Leaving Certificate Examination (including Day School Certificate (Higher) General paper), 1926
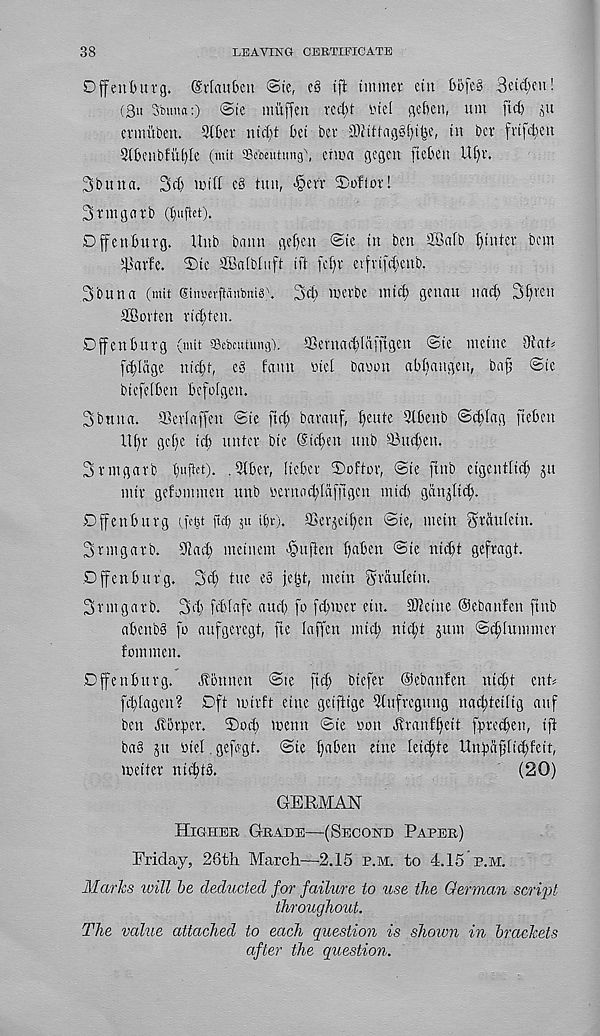
38
LEAVING CERTIETCATE
O/ffenburg. (Srlaubcn @te f c§ tft tnuner etit bbfe§ 3ctd;cn!
(3u Sbutm:) <Sk mitffert v.ibr vnei gefcen, um fid) jit
cvinitben. 2(6er nict)t Oct bev
tit bcr fvlfdjett
Stbfttbfii^Ie (mtt Sebeutung\
gcgctt (tcbctt U[)V.
3butta. 3d) id iff e3 tun, >§cn' 2)o!tor!
3 tin garb (tjufUt).
Dffettburg. Uttb battn gef)ett ©ic in ben ©alb fytnter bem
s 43av'fe. 2)tc ©albluft tft fct)t etfvifd)enb.
3bun a (mit @im,'evftciitbni§\ 3ct) werbe mid; gettau nad) 3f)vcn
©often rid)ten.
Dffenburg (mit Sebcutung). 9]eritad)lafftgen @ie tnetne Oi'at^
fd)Iage uid)t, e8 faun Diet bayou abbangett, bajj ©te
biefefben bcfolgett.
3bntta. fBevIaffen ©te fid) bavauf, tjeute 3lbenb ©d)fag fteben
Ut)t gcf)e tel) untcr bte @td)en unb 93ud;en.
3 tin garb tmftct). . 3tber, Itcbei ©oftor, ©te ftnb cigenttid) jtt
nttr gefommen unb ycntad)Idfjlgcit mid) ganoid;.
Dffenburg (febt ftef; ju ii)r). iBevjei^en ©ie, mein grauietn.
3rmgarb. SR ad) meittem -§uften t)aben ©ie nid)t gefragt.
Offenbttrg. 3d) tue eS je|t, mein gvdutein.
3rmgafb. 34' fddafe and) fo (cbtDcr ettt. ©cine Oebattfen ftnb
abenbS fo aufgeregt, fie laffen mid) nic^t jum @d)!ummer
fommen.
Dffenburg.
Jtonnen ©te fid) btefer Oebanfen uic^t ent^
fd)tagen? Dft mirft etne geiftige 5(ufvegmtg nad)teiiig attf
ben Jtorber. ©od) iDenn ©te yon Jtvanfi)eit fpreebett, iff
ba§ git Diet gefivgt. ©ie fabett eine Iei4)te Unfaf[id)feit,
toeiter nic^tb.
(20)
GERMAN
Higher Grade—(Second Paper)
Friday, 26th March—-2.15 p.m. to 4.15 p.m.
Marks will be deducted for failure to use the German script
throughout.
The value attached to each question is shown in brackets
after the question.